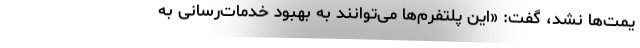
یمت‌ها نشد، گفت: «این پلتفرم‌ها می‌توانند به بهبود خدمات‌رسانی به